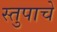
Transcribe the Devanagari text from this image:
स्तुपाचे